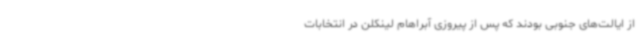
از ایالت‌های جنوبی بودند که پس از پیروزی آبراهام لینکلن در انتخابات